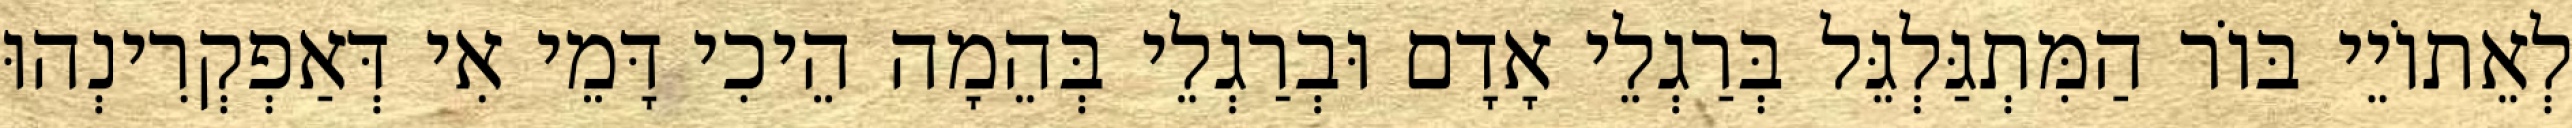
לְאֵתוֹיֵי בּוֹר הַמִּתְגַּלְגֵּל בְּרַגְלֵי אָדָם וּבְרַגְלֵי בְּהֵמָה הֵיכִי דָּמֵי אִי דְּאַפְקְרִינְהוּ